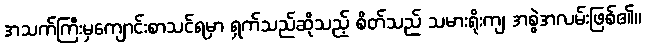
အသက်ကြီးမှကျောင်းစာသင်ရမှာ ရှက်သည်ဆိုသည့် စိတ်သည် သမားရိုးကျ အစွဲအလမ်းဖြစ်၏။